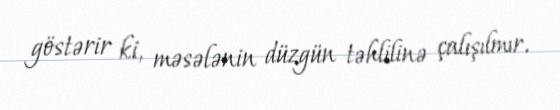
göstərir ki, məsələnin düzgün təhlilinə çalışılmır.